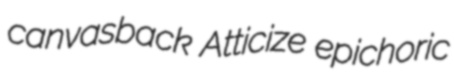
canvasback Atticize epichoric